Annual report on the Civil Veterinary Department, Burma (including the Insein Veterinary School) - 1932-1941
Year: 1932
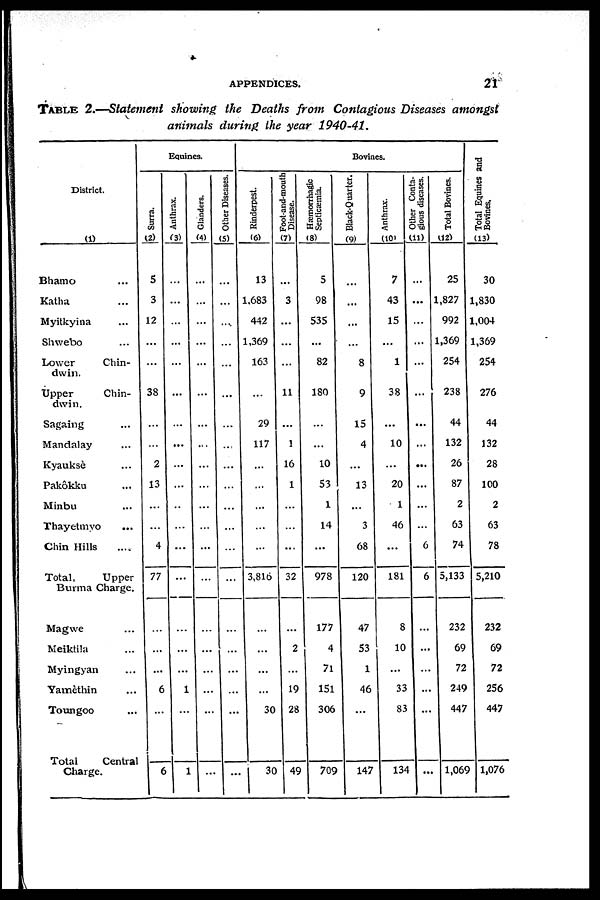
APPENDICES.
21
Table 2.—Statement showing the Deaths from Contagious Diseases amongst
animals during the year 1940-41.
District.
(1)
Bhamo ...
Katha ...
Myitkyina ...
Shwebo ...
Lower Chin-
dwin.
Upper Chin-
dwin.
Sagaing ...
Mandalay ...
Kyauksè ...
Pakôkku ...
Minbu ...
Thayetmyo ...
Chin Hills ...
Total,
Upper
Burma Charge.
Magwe ...
Meiktila ...
Myingyan ...
Yamèthin ...
Toungoo ...
Total
Central
Charge.
Equines.
Surra.
(2)
5
3
12
...
...
38
...
...
2
13
...
...
4
77
...
...
...
6
...
6
Anthrax.
(3)
...
...
...
...
...
...
...
...
...
...
..
...
...
...
...
...
...
1
...
1
Glanders.
(4)
...
...
...
...
...
...
...
...
...
...
...
...
...
...
...
...
...
...
...
...
Other Diseases.
(5)
...
...
...
...
...
...
...
...
...
...
...
...
...
...
...
...
...
...
...
...
Bovines.
Rinderpest.
(6)
13
1,683
442
1,369
163
...
29
117
...
...
...
...
...
3,816
...
...
...
...
30
30
Foot-and-mouth
Disease.
(7)
...
3
...
...
...
11
...
1
16
1
...
...
...
32
...
2
...
19
28
49
Hæmorrhagic
Septicæmia.
(8)
5
98
535
...
82
180
...
...
10
53
1
14
...
978
177
4
71
151
306
709
Black-Quarter.
(9)
...
...
...
...
8
9
15
4
...
13
...
3
68
120
47
53
1
46
...
147
Anthrax.
(10)
7
43
15
...
1
38
...
10
...
20
1
46
...
181
8
10
...
33
83
134
Other Conta-
gious diseases.
(11)
...
...
...
...
...
...
...
...
...
...
...
6
6
...
...
...
...
...
...
Total Bovines.
(12)
25
1,827
992
1,369
254
238
44
132
26
87
2
63
74
5,133
232
69
72
249
447
1,069
Total Equines and
Bovines,
(13)
30
1,830
1,004
1,369
254
276
44
132
28
100
2
63
78
5,210
232
69
72
256
447
1,076